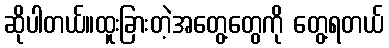
ဆိုပါတယ်။ထူးခြားတဲ့အတွေ့တွေကို တွေ့ရတယ်